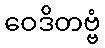
ဝေဒိတဗ္ဗံ